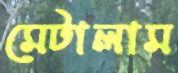
মেটালাম